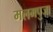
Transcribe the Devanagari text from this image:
मलमपुजा